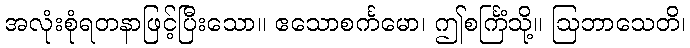
အလုံးစုံရတနာဖြင့်ပြီးသော။ ဧသောစင်္ကမော၊ ဤစင်္ကြံသို့။ ဩဘာသေတိ၊